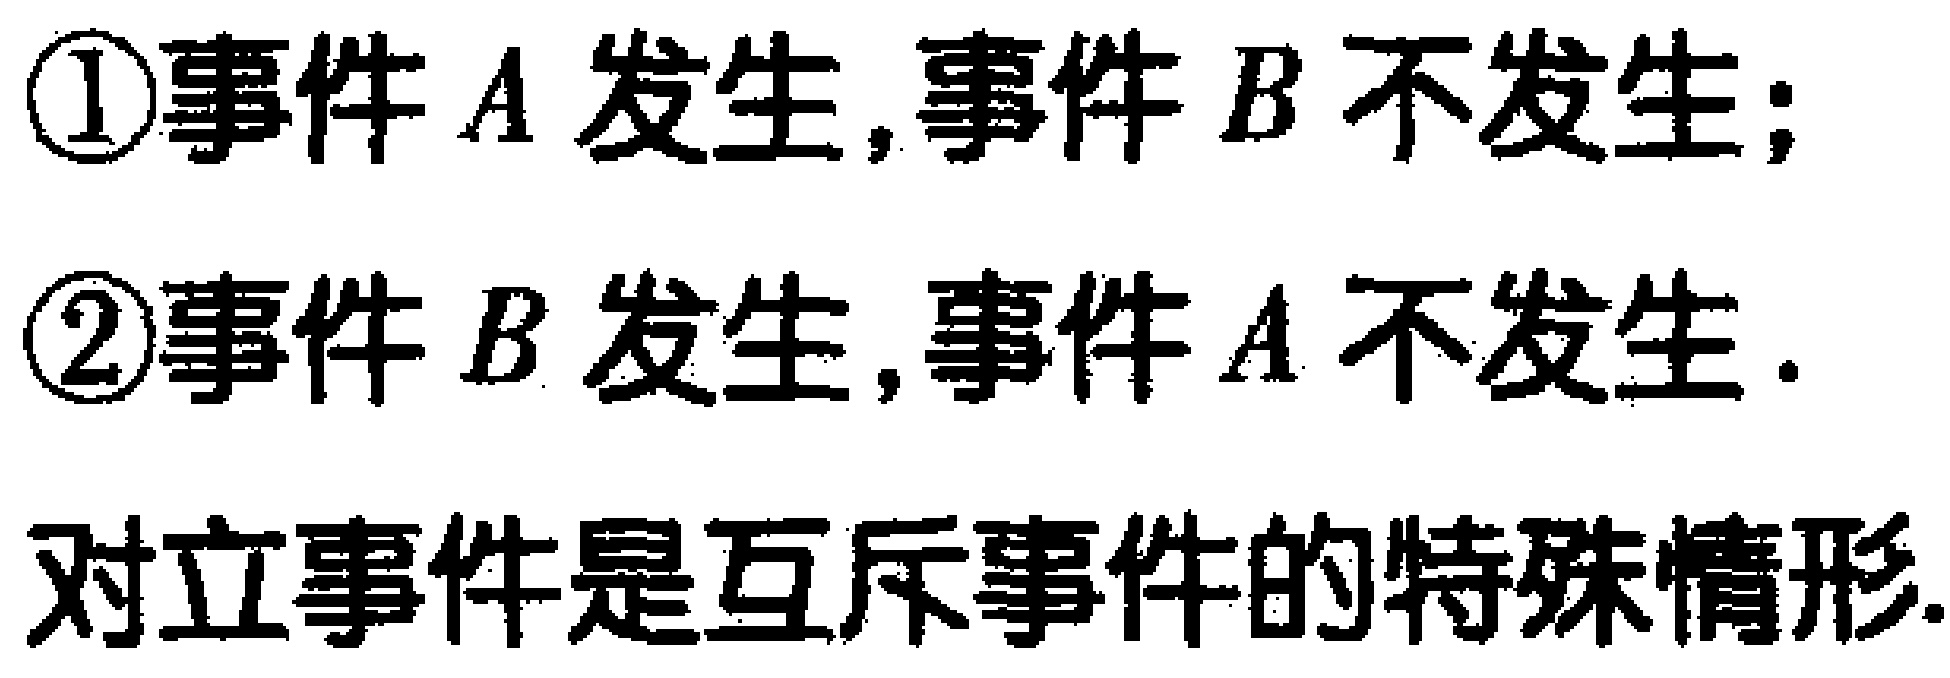
\textcircled{1}事件\(A\)发生,事件\(B\)不发生;

\textcircled{2}事件\(B\)发生,事件\(A\)不发生.

对立事件是互斥事件的特殊情形.